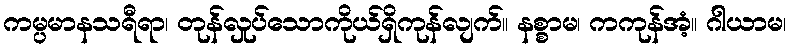
ကမ္ပမာနသရီရာ၊ တုန်လှုပ်သောကိုယ်ရှိကုန်လျက်။ နစ္စာမ၊ ကကုန်အံ့။ ဂါယာမ၊